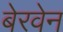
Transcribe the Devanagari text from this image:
बेरवेन